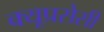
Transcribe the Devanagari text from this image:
क्यूप्रसेसी